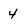
Character: 4